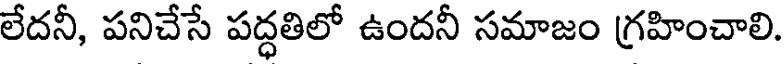
లేదనీ, పనిచేసే పద్ధతిలో ఉందనీ సమాజం గ్రహించాలి.